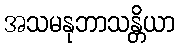
အသမနုဘာသန္တိယာ